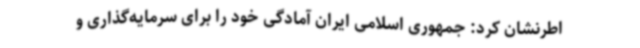
اطرنشان کرد: جمهوری اسلامی ایران آمادگی خود را برای سرمایه‌گذاری و